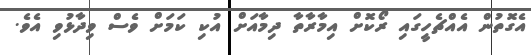
އެގޮތުން އެއްޗެހީގައި ރޯކޮށް އިމާރާތާ ދިމާއަށް އުކި ކަމަށް ވެސް ވިދާޅުވި އެވެ.